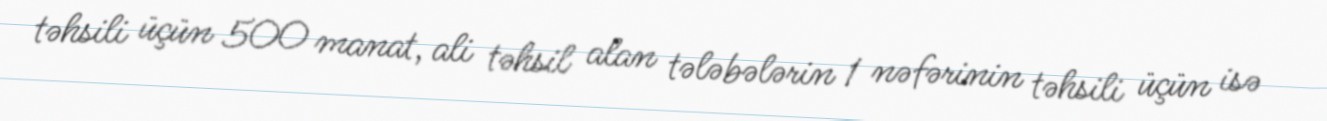
təhsili üçün 500 manat, ali təhsil alan tələbələrin 1 nəfərinin təhsili üçün isə